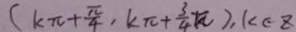
( k \pi + \frac { \pi } { 4 } , k \pi + \frac { 3 } { 4 } \pi ) , k \in Z